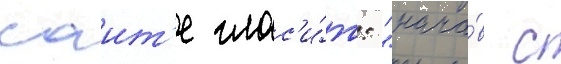
саит'е глас'и́т: "нача́в с